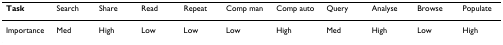
<table><thead><tr><td><b>Task</b></td><td><b>Search</b></td><td><b>Share</b></td><td><b>Read</b></td><td><b>Repeat</b></td><td><b>Comp man</b></td><td><b>Comp auto</b></td><td><b>Query</b></td><td><b>Analyse</b></td><td><b>Browse</b></td><td><b>Populate</b></td></tr></thead><tbody><tr><td>Importance</td><td>Med</td><td>High</td><td>Low</td><td>Low</td><td>Low</td><td>High</td><td>Med</td><td>High</td><td>Low</td><td>High</td></tr></tbody></table>